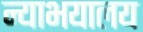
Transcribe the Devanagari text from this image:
न्याभयालय